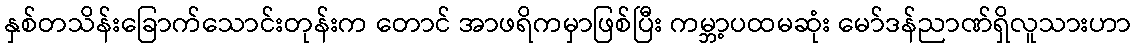
နှစ်တသိန်းခြောက်သောင်းတုန်းက တောင် အာဖရိကမှာဖြစ်ပြီး ကမ္ဘာ့ပထမဆုံး မော်ဒန်ညာဏ်ရှိလူသားဟာ